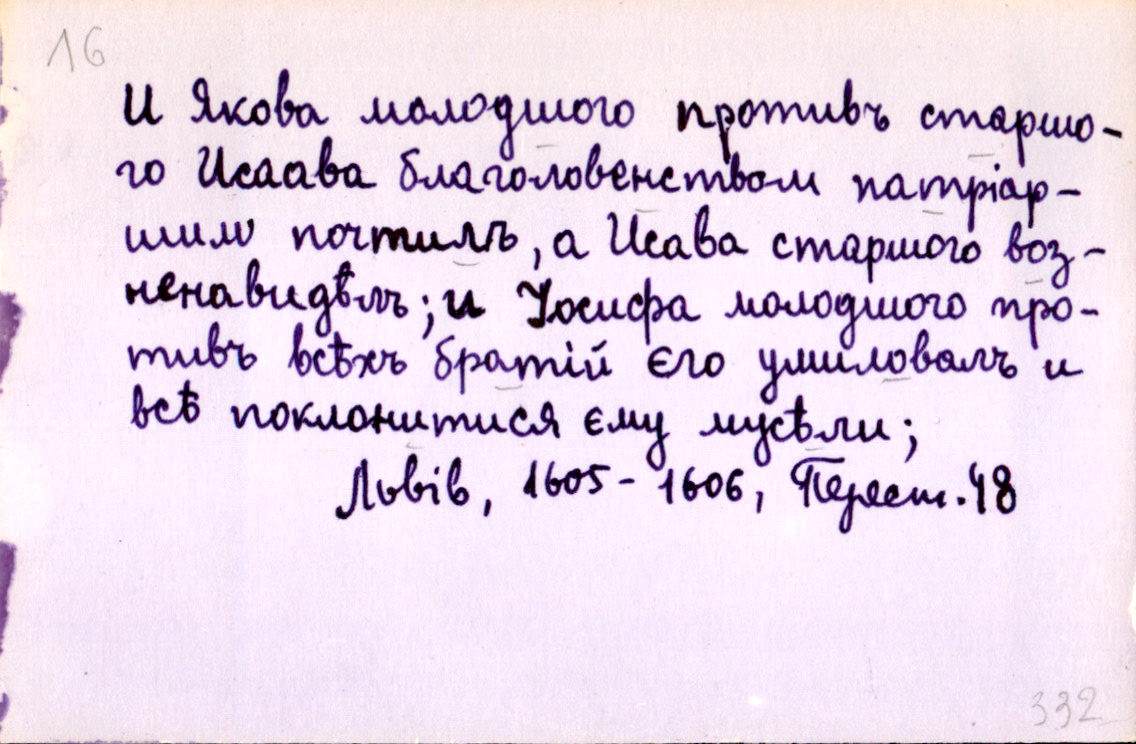
И Якова молодшого противъ старшо-
го Исаава благоловенством патріар-
шим почтилъ, а Исава старшого воз-
ненавидѣлъ; и Іосифа молодшого про-
тивъ всѣхъ братій єго умиловалъ и
всѣ поклонитися єму мусѣли;
Львів, 1605-1606, Перест. 48